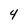
Character: 4